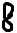
Text: 8